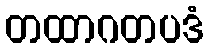
တထာဂတပဒံ